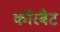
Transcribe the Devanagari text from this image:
कॉरबैट